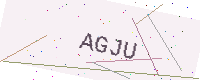
Text: AGJU